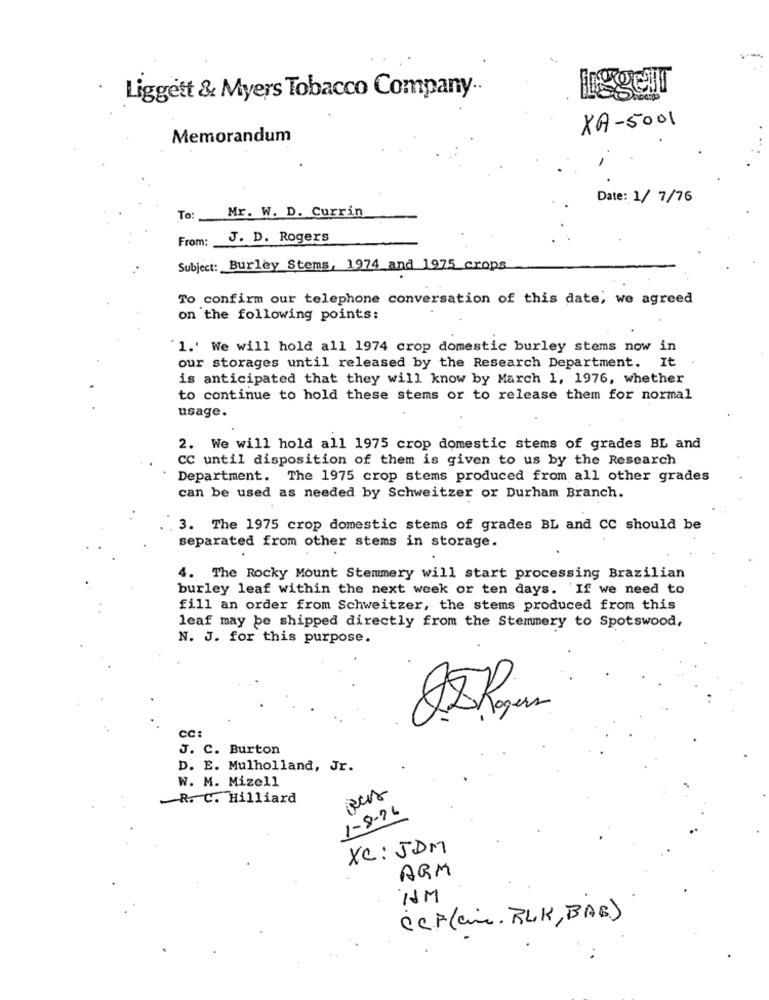
· Liggett & Myers Tobacco Company.
XA-5001
Memorandum
Date: 1/7/76
To :
Mr. W. D. Currin
From:
J. D. Rogers
Subject: Burley Stems, 1974 and 1975 crops
To confirm our telephone conversation of this date, we agreed
on the following points:
1.' We will hold all 1974 crop domestic burley stems now in
our storages until released by the Research Department. It
is anticipated that they will know by March 1, 1976, whether
to continue to hold these stems or to release them for normal
usage.
2. We will hold all 1975 crop domestic stems of grades BL and
CC until disposition of them is given to us by the Research
Department. The 1975 crop stems produced from all other grades
can be used as needed by Schweitzer or Durham Branch.
3. The 1975 crop domestic stems of grades BL and CC should be
separated from other stems in storage.
4. The Rocky Mount Stemmery will start processing Brazilian
burley leaf within the next week or ten days. If we need to
fill an order from Schweitzer, the stems produced from this
leaf may be shipped directly from the Stemmery to Spotswood,
N. J. for this purpose.
CC:
J. C. Burton
D. E. Mulholland, Jr.
W. M. Mizell
R. C. Hilliard
1-8-76
XC: JDM
ARM
IM
CCF (ci. BLK, BAB)